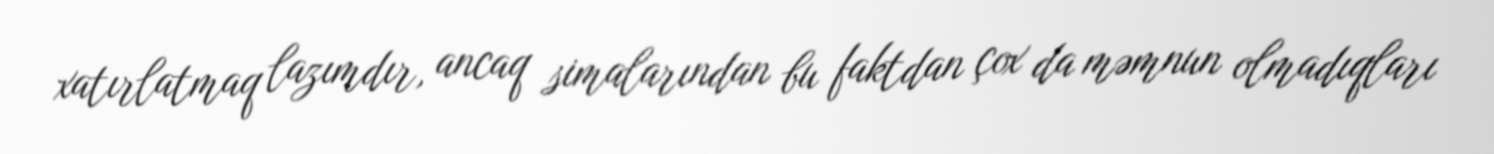
xatırlatmaq lazımdır, ancaq simalarından bu faktdan çox da məmnun olmadıqları